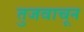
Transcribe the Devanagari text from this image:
तुजवाचून